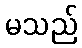
မသည်